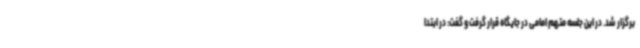
برگزار شد. در این جلسه متهم امامی در جایگاه قرار گرفت و گفت: در ابتدا